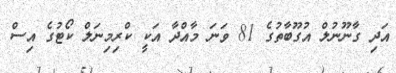
އަދި ގާނޫނުލް އުގޫބާތުގެ 81 ވަނަ މާއްދާ އަކީ ކްރިމިނަލް ކޯޓުގެ އިސް